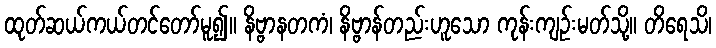
ထုတ်ဆယ်ကယ်တင်တော်မူ၍။ နိဗ္ဗာနတကံ၊ နိဗ္ဗာန်တည်းဟူသော ကုန်းကျဉ်းမတ်သို့။ တိရေသိ၊